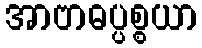
အာဗာဓပ္ပစ္စယာ